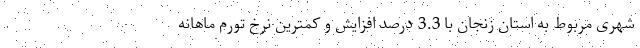
شهری مربوط به استان زنجان با 3.3 درصد افزایش و کمترین نرخ تورم ماهانه